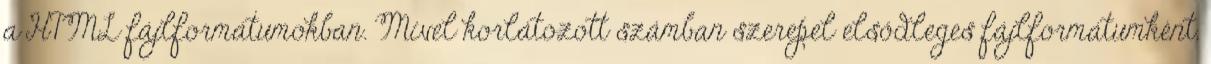
a HTML fájlformátumokban. Mivel korlátozott számban szerepel elsődleges fájlformátumként,